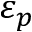
\varepsilon _ { p }